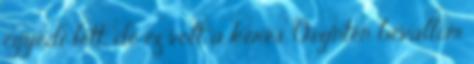
egyedi lett, de ez volt a kérés. Őszintén bevallom